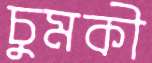
চুমকী